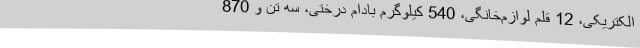
الکتریکی، 12 قلم لوازم‌خانگی، 540 کیلوگرم بادام درختی، سه تن و 870